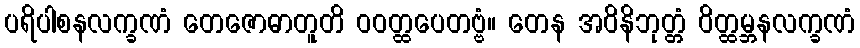
ပရိပါစနလက္ခဏံ တေဇောဓာတူတိ ဝဝတ္ထပေတဗ္ဗံ။ တေန အဝိနိဘုတ္တံ ဝိတ္ထမ္ဘနလက္ခဏံ